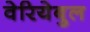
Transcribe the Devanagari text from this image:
वेरियेबुल